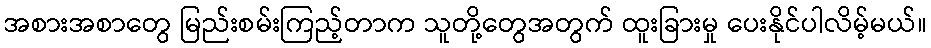
အစားအစာတွေ မြည်းစမ်းကြည့်တာက သူတို့တွေအတွက် ထူးခြားမှု ပေးနိုင်ပါလိမ့်မယ်။